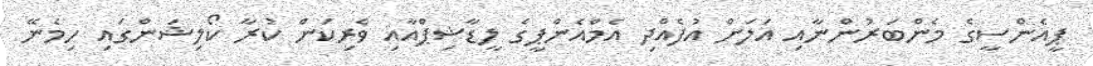
ޕީއެންސީގެ މެންބަރުންނާއި އަލަށް އުފެއްދި އެމްއެންޕީގެ ލީޑާޝިޕްއާއި ވެރިކަން ކުރާ ކޯލިޝަންގައި ހިމެނޭ